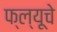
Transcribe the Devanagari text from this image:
फ्ल्यूचे